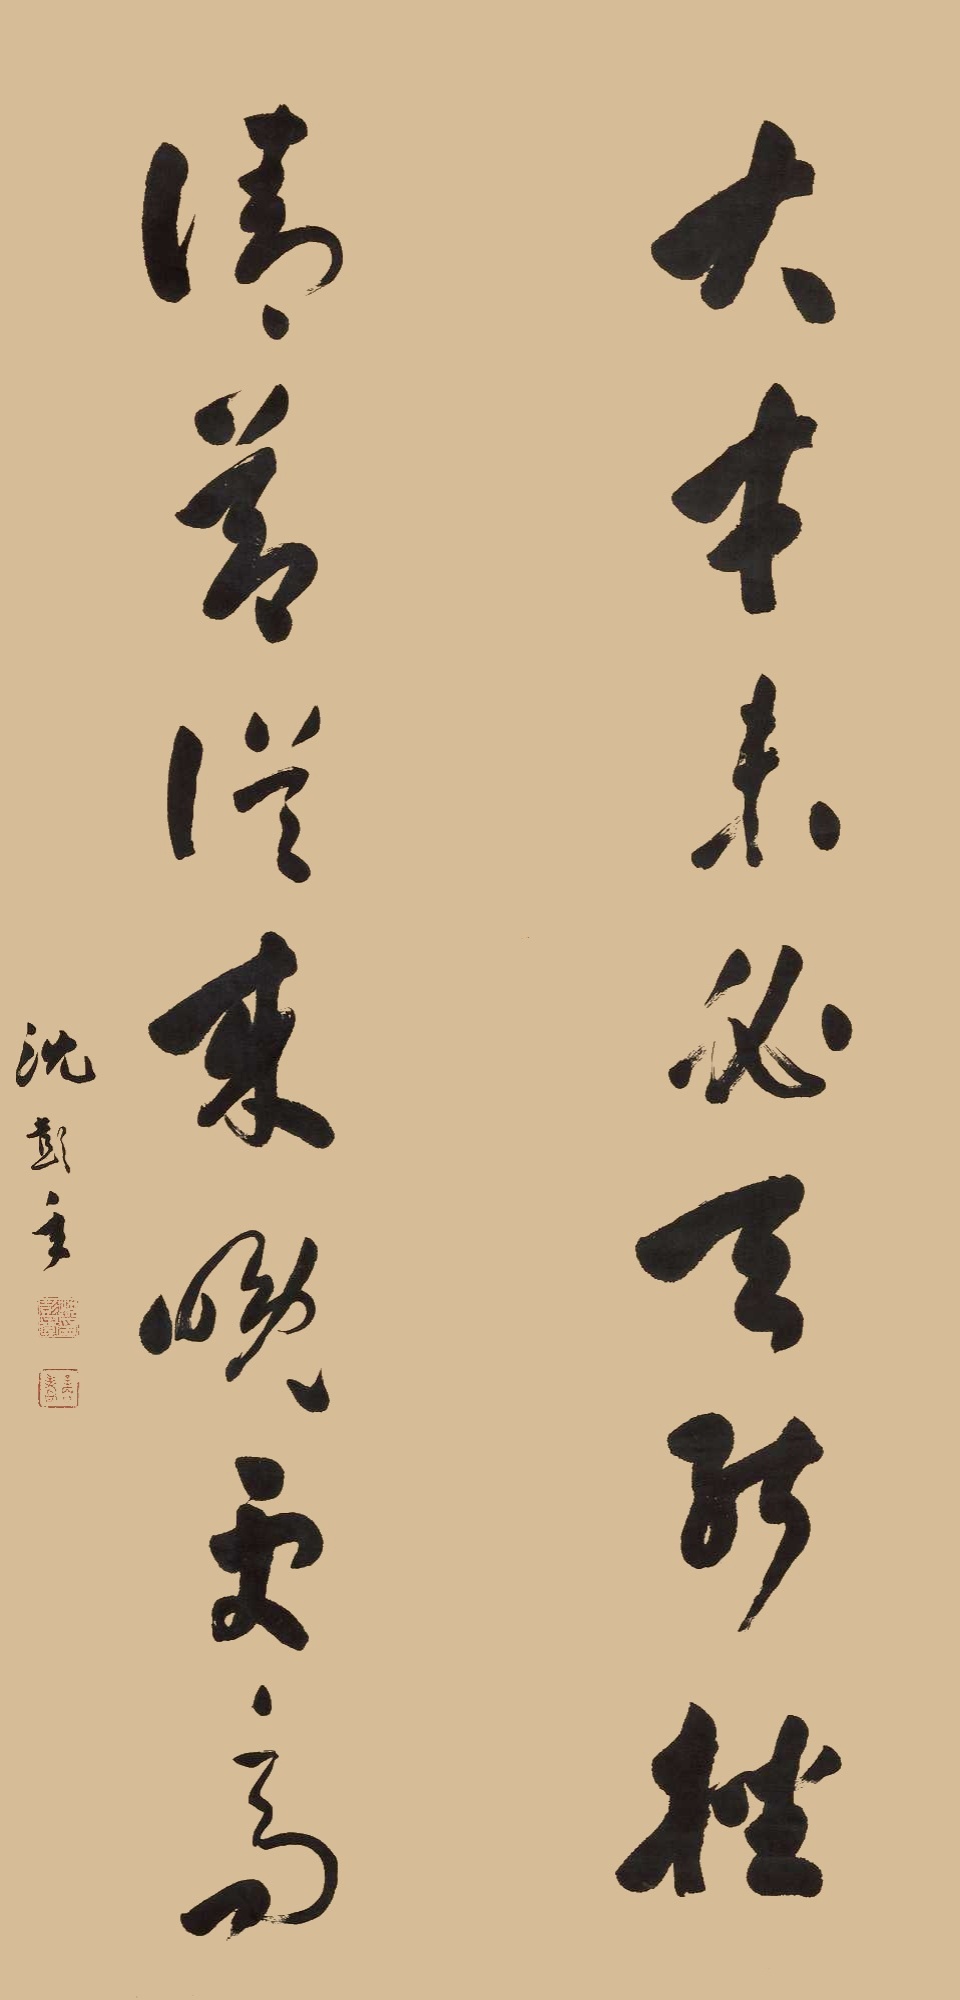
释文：大才未必天能挫，清节从来晚更高。沈彭年。